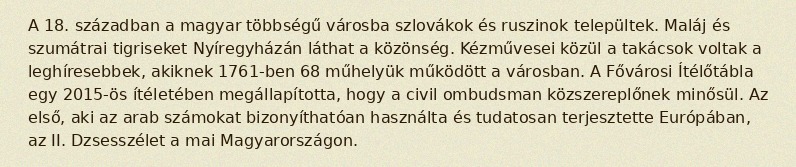
A 18. században a magyar többségű városba szlovákok és ruszinok települtek. Maláj és szumátrai tigriseket Nyíregyházán láthat a közönség. Kézművesei közül a takácsok voltak a leghíresebbek, akiknek 1761-ben 68 műhelyük működött a városban. A Fővárosi Ítélőtábla egy 2015-ös ítéletében megállapította, hogy a civil ombudsman közszereplőnek minősül. Az első, aki az arab számokat bizonyíthatóan használta és tudatosan terjesztette Európában, az II. Dzsesszélet a mai Magyarországon.